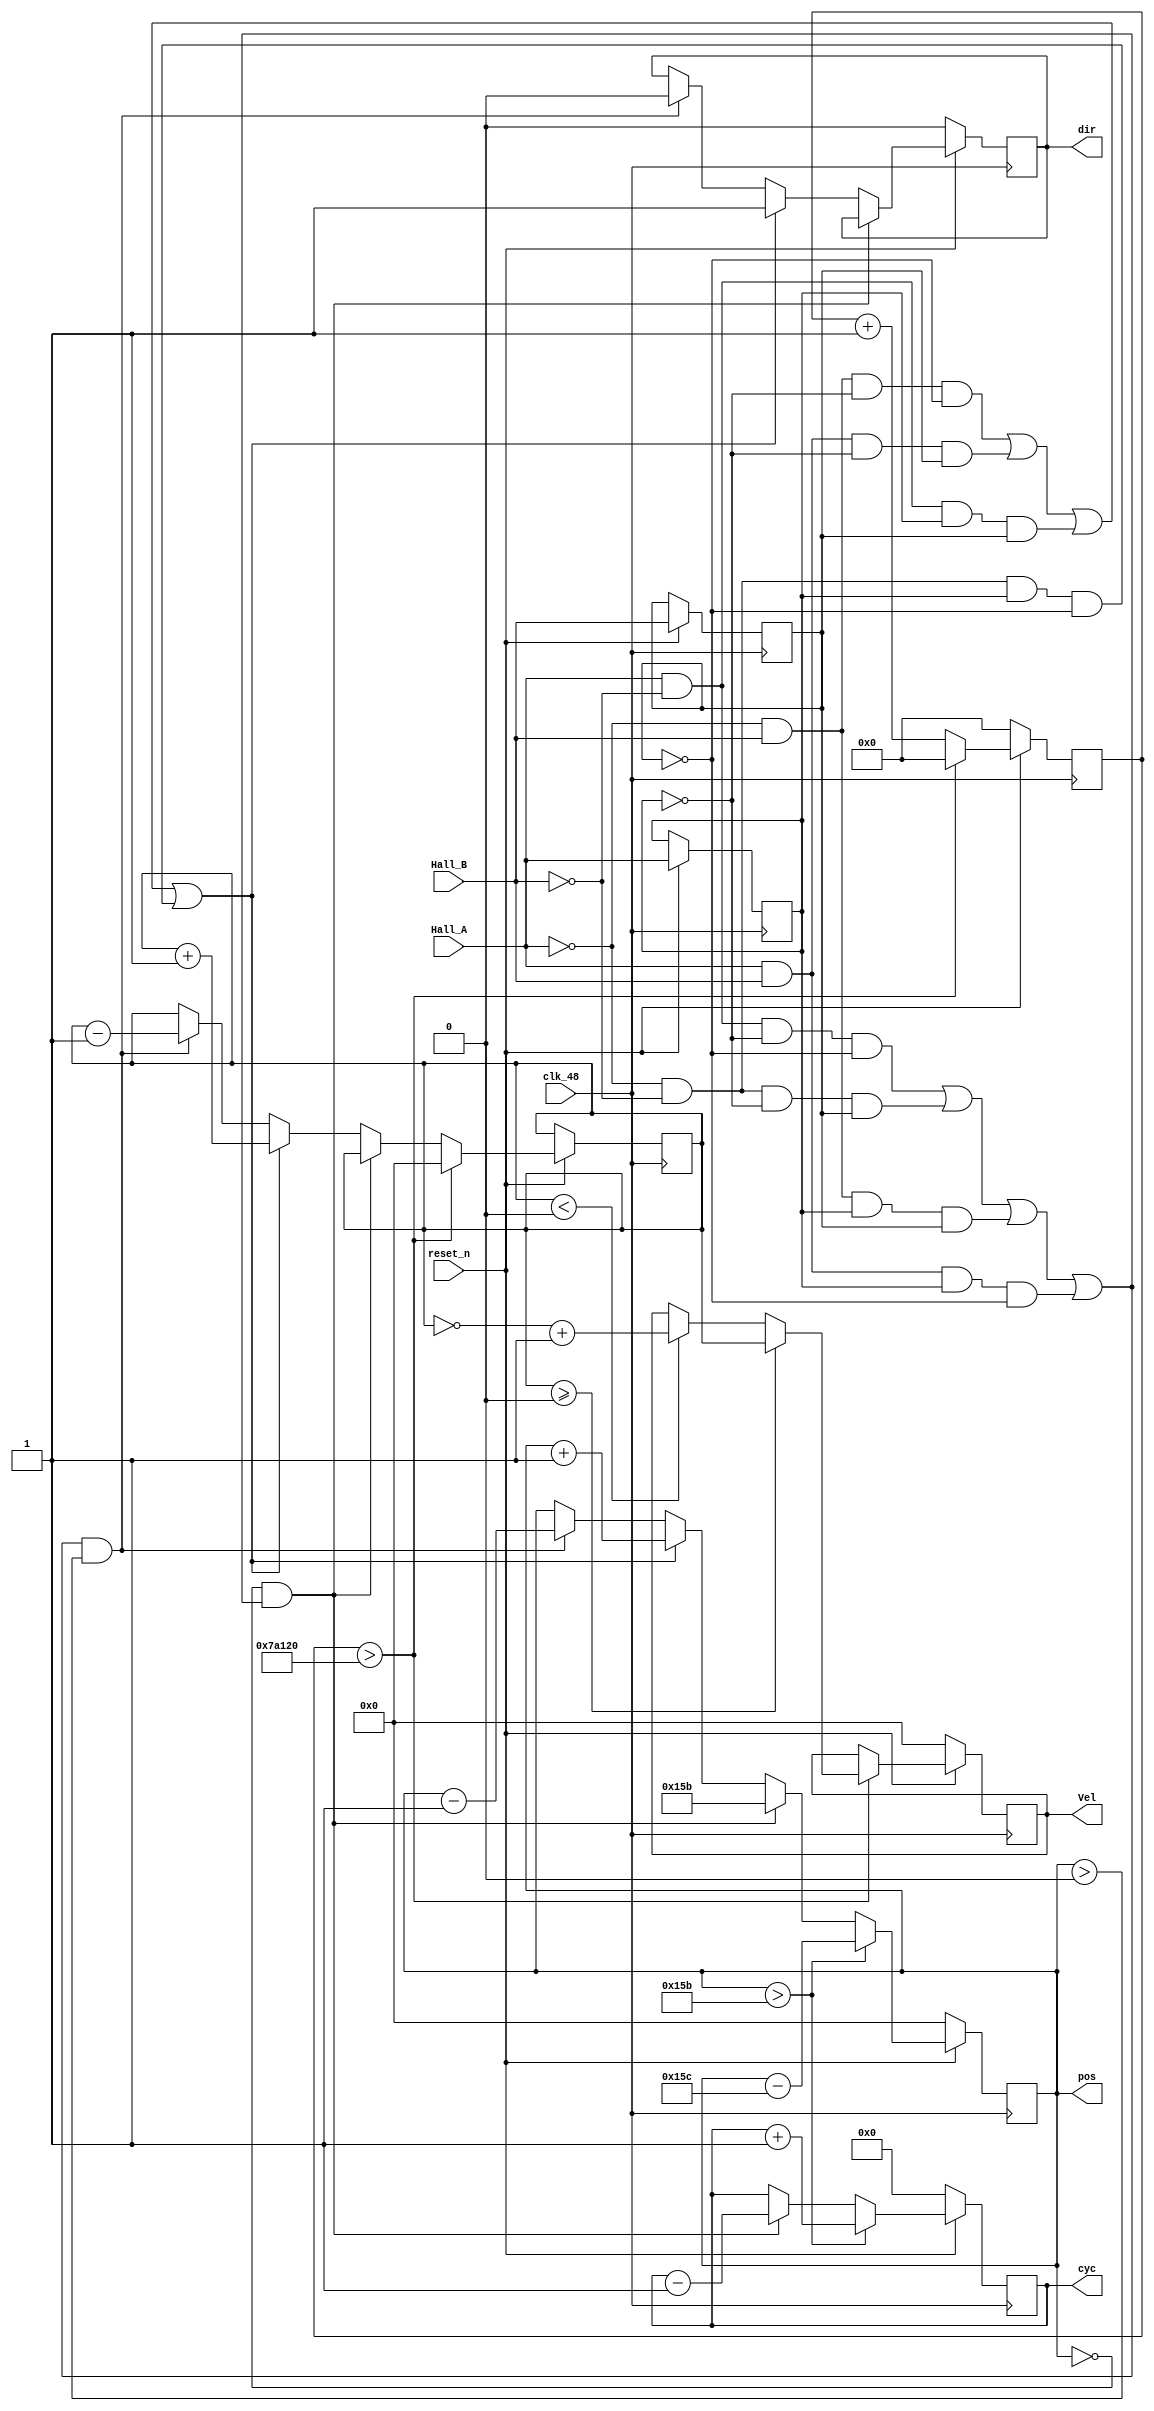

module group3_Decoder(clk_48,Hall_A, Hall_B,dir, pos,cyc,Vel,reset_n);

input  clk_48; 
input  Hall_A ;
input  Hall_B ;
input  reset_n;

output reg  dir  ;
output reg [11:0] pos;
output reg [3:0] cyc  ;
output reg [11:0] Vel ;

reg [19:0] timercounter ;
reg [11:0] Velcount ;
reg Hall_Adelayed;
reg Hall_Bdelayed;
parameter time_interval = 500000 ;

//always @(posedge clk_48) Hall_Adelayed <= Hall_A ;
//always @(posedge clk_48) Hall_Bdelayed <= Hall_B;
//wire count_enable = Hall_A  ^ Hall_Adelayed ^ Hall_B ^ Hall_Bdelayed;
//wire count_direction = Hall_A  ^Hall_Bdelayed;

wire add = (~Hall_A) & (Hall_B) & (~Hall_Adelayed) & (~Hall_Bdelayed) |(Hall_A) & (Hall_B) & (~Hall_Adelayed) & (Hall_Bdelayed)|(Hall_A) & (~Hall_B) & (Hall_Adelayed) & (Hall_Bdelayed)|(~Hall_A) & (~Hall_B) & (Hall_Adelayed) & (~Hall_Bdelayed);
wire minus =(Hall_A) & (~Hall_B) & (~Hall_Adelayed) & (~Hall_Bdelayed)|(~Hall_A) & (~Hall_B) & (~Hall_Adelayed) & (Hall_Bdelayed)|(~Hall_A) & (Hall_B) & (Hall_Adelayed) & (Hall_Bdelayed)|(Hall_A) & (Hall_B) & (Hall_Adelayed) & (~Hall_Bdelayed);
wire zero = (~Hall_A) & (~Hall_B) & (~Hall_Adelayed) & (~Hall_Bdelayed)|(~Hall_A) & (Hall_B) & (~Hall_Adelayed) & (Hall_Bdelayed)|(Hall_A) & (Hall_B) & (Hall_Adelayed) & (Hall_Bdelayed)|(Hall_A) & (~Hall_B) & (Hall_Adelayed) & (~Hall_Bdelayed);

always @(posedge clk_48)
if(reset_n==1) 
 begin
  timercounter <= timercounter +1  ;
  Hall_Adelayed <= Hall_A ;
  Hall_Bdelayed <= Hall_B ;
  if(pos==0 && minus == 1) 
  begin
   pos <=  347 ;   
   cyc <= cyc -1 ;
  end
  
  else if(add)
  begin
  dir <= 1 ; 
  pos <= pos+1;
  Velcount <= Velcount +1;
  end 
  
  else if(minus && pos>0)
  begin 
  dir <= 0;
  pos <= pos-1;
  Velcount <= Velcount-1;
  end
  
  else if(zero)
  begin
  pos <= pos;
  Velcount <= Velcount ;
  end
  
  if(pos>347) 
  begin
   cyc <= cyc +1 ;
   pos <= pos -348 ;
  end
  
  if(timercounter> time_interval)
  begin
  if(Velcount >= 0 )
		begin 
		Vel = Velcount ;
		end
  
  else if(Velcount < 0)
		begin  
		Vel <= (~Velcount)+1 ;
		end
		
  Velcount <= 0 ;
  timercounter <= 0 ;
  end
	
end  
else
begin 
pos <= 0 ;
cyc <= 0 ;
dir <= 0 ;
timercounter <= 0 ;
Vel <= 0 ;

end

endmodule